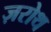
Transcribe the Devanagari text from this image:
ज़रोथ